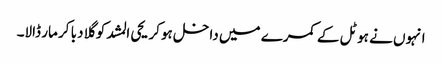
انہوں نے ہوٹل کے کمرے میں داخل ہوکر یحی المشد کو گلا دبا کر مار ڈالا۔